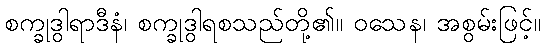
စက္ခုဒွါရာဒီနံ၊ စက္ခုဒွါရစသည်တို့၏။ ဝသေန၊ အစွမ်းဖြင့်။